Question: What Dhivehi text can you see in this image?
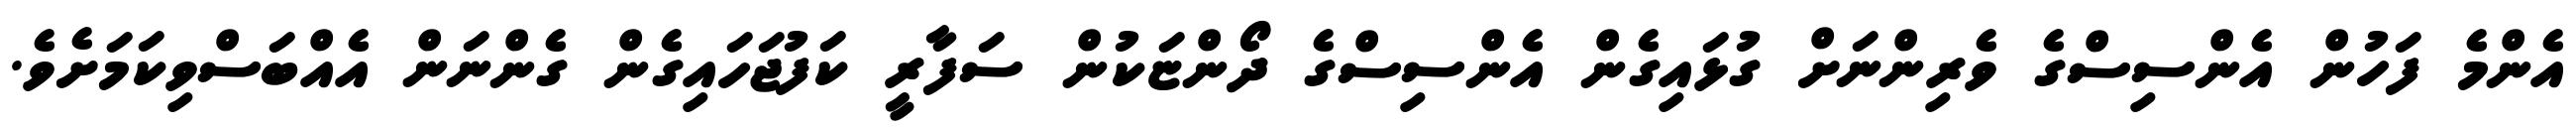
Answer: އެންމެ ފަހުން އެންސިސްގެ ވެރިންނަށް ގުޅައިގެން އެންސިސްގެ ދޯންޏަކުން ސަފާރީ ކަފުޖަހައިގެން ގެންނަން އެއްބަސްވިކަމަށެވެ.